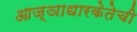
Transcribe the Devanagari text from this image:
आज्ञाधारकेतेची